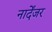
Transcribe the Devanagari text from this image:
नार्देंजर